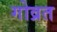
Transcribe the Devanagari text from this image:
गोव्रत